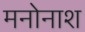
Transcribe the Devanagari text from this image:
मनोनाश